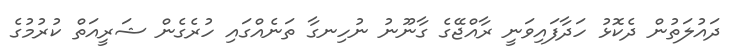
ދައުލަތުން ދެކޮޅު ހަދާފައިވަނީ ރާއްޖޭގެ ގާނޫނު ނުހިނގާ ތަނެއްގައި ހުރެގެން ޝަރީއަތް ކުރުމުގެ